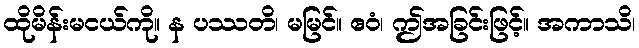
ထိုမိန်းမငယ်ကို။ န ပဿတိ၊ မမြင်။ ဧဝံ၊ ဤအခြင်းဖြင့်။ အကာသိ၊